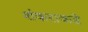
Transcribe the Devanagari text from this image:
शंकराकडे